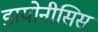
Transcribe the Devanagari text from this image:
डायोनीसिस